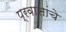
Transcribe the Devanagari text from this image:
प्रवासांचे